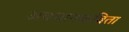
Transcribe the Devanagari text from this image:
अवधानकविता